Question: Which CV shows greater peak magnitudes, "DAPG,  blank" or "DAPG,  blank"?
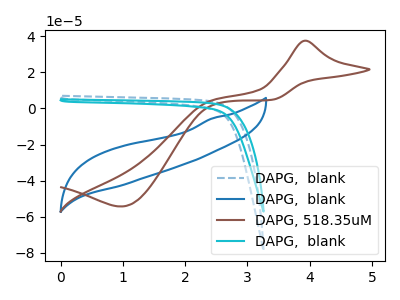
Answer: <think>The blue dashed curve "DAPG,  blank" has no peaks. The blue curve "DAPG,  blank" has no peaks. The brown curve "DAPG, 518.35uM" has an anodic peak at (3.90V, 37.60uA) and a cathodic peak at (1.00V, -54.35uA). The cyan curve "DAPG,  blank" has no peaks.</think>
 <answer>Niether CV has any peaks.</answer>
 <eval>blanks</eval>